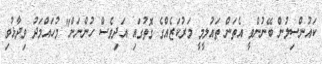
ކައުންސިލުން ބޭނުންވީ އެތަން ތައުލީމީ މަރުކަޒެއްގެ ގޮތުގައި އަދިވެސް ހުންނަން" މުހައްމަދު ވިދާޅުވި